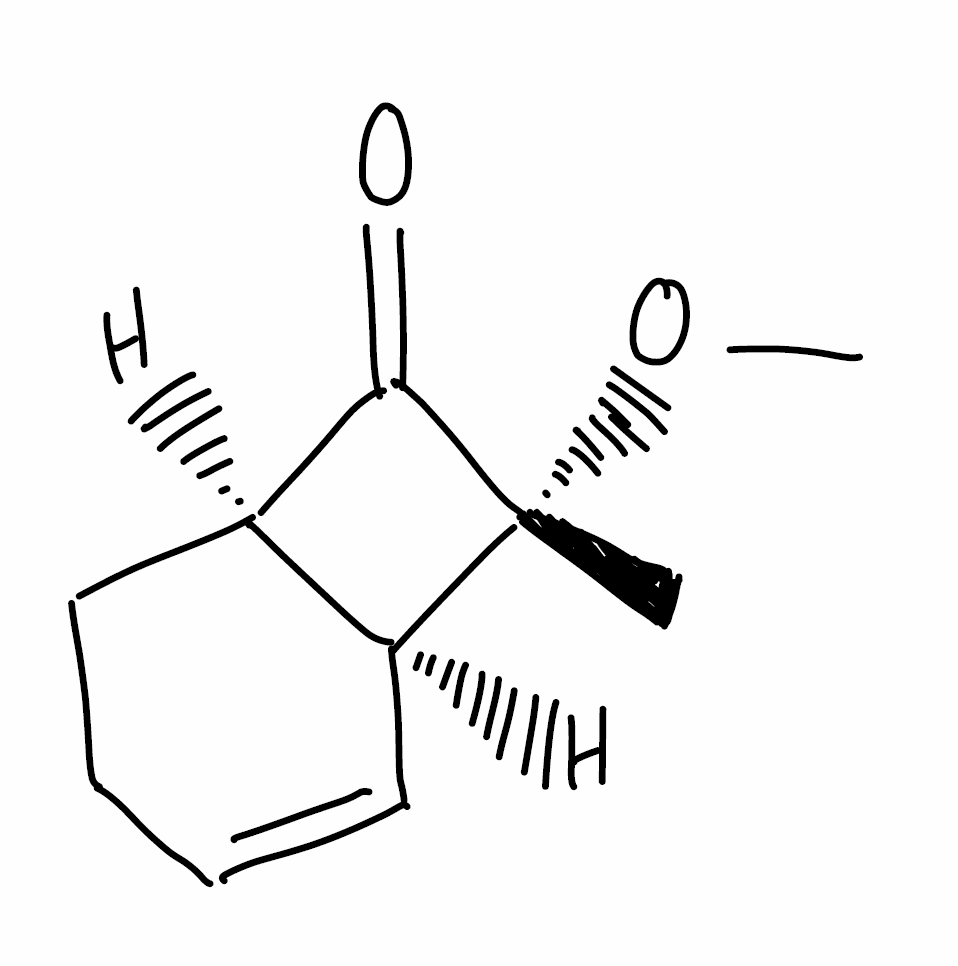
Simplified molecular-input line-entry system (SMILES) notation of the given molecule:
C[C@]1([C@H]2C=CCC[C@H]2C1=O)OC